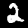
Label: 2